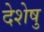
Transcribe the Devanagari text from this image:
देशेषु